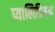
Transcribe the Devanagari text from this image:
प्यालिडियम